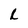
Character: L